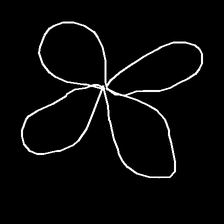
Glyph: billowing